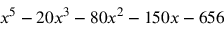
x ^ { 5 } - 2 0 x ^ { 3 } - 8 0 x ^ { 2 } - 1 5 0 x - 6 5 6